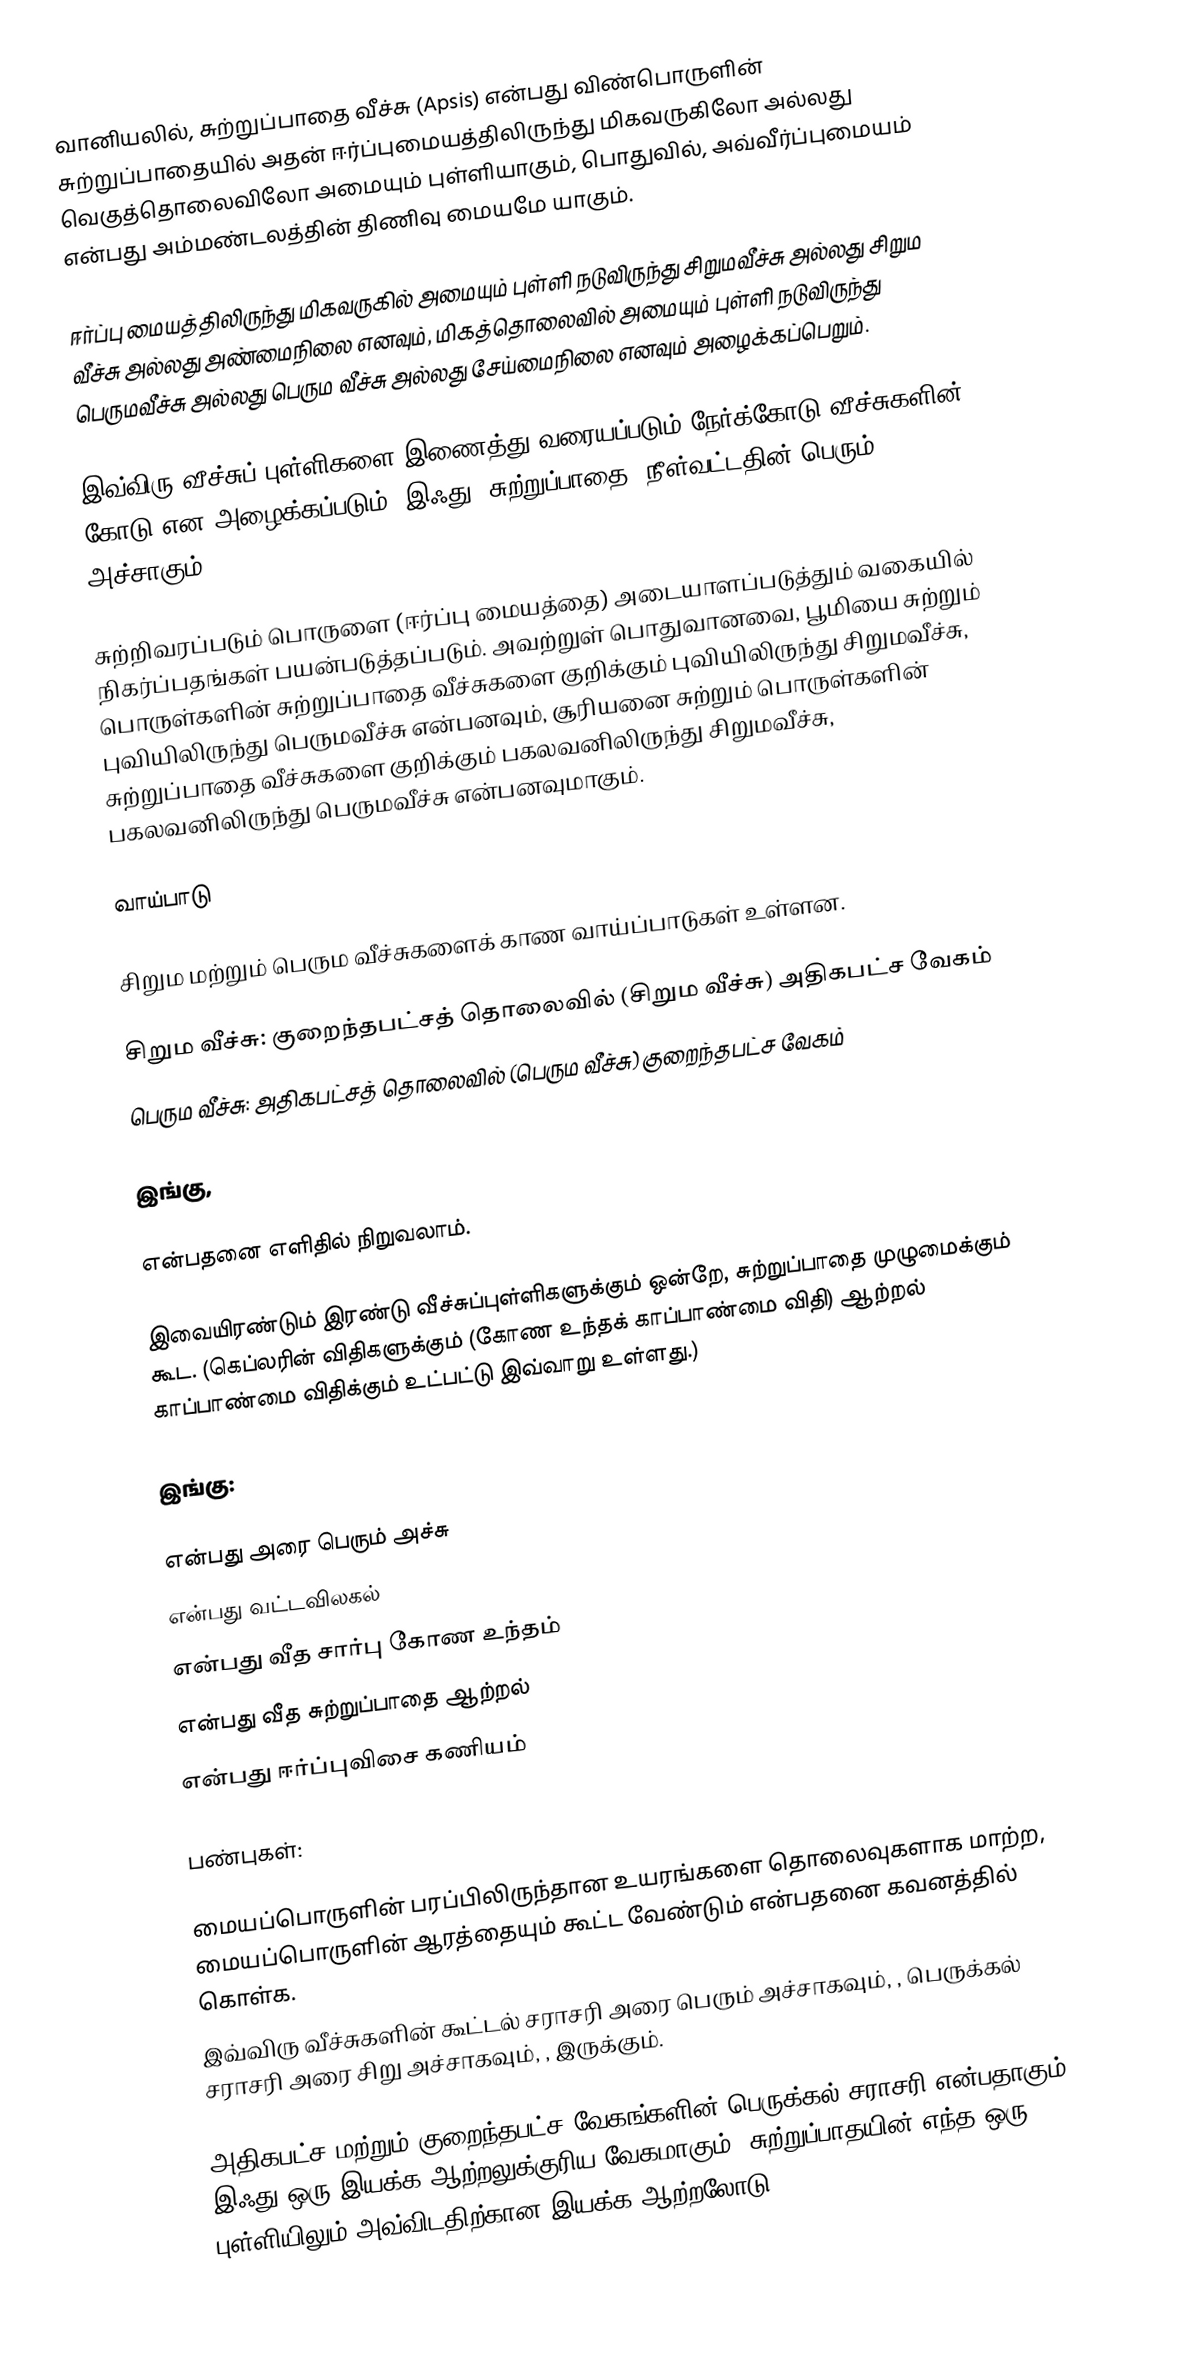
வானியலில், சுற்றுப்பாதை வீச்சு (Apsis) என்பது விண்பொருளின் சுற்றுப்பாதையில் அதன் ஈர்ப்புமையத்திலிருந்து மிகவருகிலோ அல்லது வெகுத்தொலைவிலோ அமையும் புள்ளியாகும், பொதுவில், அவ்வீர்ப்புமையம் என்பது அம்மண்டலத்தின் திணிவு மையமே யாகும்.

ஈர்ப்பு மையத்திலிருந்து மிகவருகில் அமையும் புள்ளி நடுவிருந்து சிறுமவீச்சு அல்லது சிறும வீச்சு அல்லது அண்மைநிலை எனவும், மிகத்தொலைவில் அமையும் புள்ளி நடுவிருந்து பெருமவீச்சு அல்லது பெரும வீச்சு அல்லது சேய்மைநிலை எனவும் அழைக்கப்பெறும்.

இவ்விரு வீச்சுப் புள்ளிகளை இணைத்து வரையப்படும் நேர்க்கோடு வீச்சுகளின் கோடு என அழைக்கப்படும். இஃது (சுற்றுப்பாதை) நீள்வட்டதின் பெரும் அச்சாகும்.

சுற்றிவரப்படும் பொருளை (ஈர்ப்பு மையத்தை) அடையாளப்படுத்தும் வகையில் நிகர்ப்பதங்கள் பயன்படுத்தப்படும். அவற்றுள் பொதுவானவை, பூமியை சுற்றும் பொருள்களின் சுற்றுப்பாதை வீச்சுகளை குறிக்கும் புவியிலிருந்து சிறுமவீச்சு, புவியிலிருந்து பெருமவீச்சு என்பனவும், சூரியனை சுற்றும் பொருள்களின் சுற்றுப்பாதை வீச்சுகளை குறிக்கும் பகலவனிலிருந்து சிறுமவீச்சு, பகலவனிலிருந்து பெருமவீச்சு என்பனவுமாகும்.

வாய்பாடு

சிறும மற்றும் பெரும வீச்சுகளைக் காண வாய்ப்பாடுகள் உள்ளன.

 சிறும வீச்சு: குறைந்தபட்சத் தொலைவில்  (சிறும வீச்சு) அதிகபட்ச வேகம்
 பெரும வீச்சு: அதிகபட்சத் தொலைவில்  (பெரும வீச்சு) குறைந்தபட்ச வேகம்

இங்கு,

என்பதனை எளிதில் நிறுவலாம்.

இவையிரண்டும் இரண்டு வீச்சுப்புள்ளிகளுக்கும் ஒன்றே, சுற்றுப்பாதை முழுமைக்கும் கூட. (கெப்லரின் விதிகளுக்கும் (கோண உந்தக் காப்பாண்மை விதி) ஆற்றல் காப்பாண்மை விதிக்கும் உட்பட்டு இவ்வாறு உள்ளது.)

இங்கு:

  என்பது அரை பெரும் அச்சு
  என்பது வட்டவிலகல்
  என்பது வீத சார்பு கோண உந்தம்
  என்பது வீத சுற்றுப்பாதை ஆற்றல்
  என்பது ஈர்ப்புவிசை கணியம்

பண்புகள்:

மையப்பொருளின் பரப்பிலிருந்தான உயரங்களை தொலைவுகளாக மாற்ற, மையப்பொருளின் ஆரத்தையும் கூட்ட வேண்டும் என்பதனை கவனத்தில் கொள்க.
இவ்விரு வீச்சுகளின் கூட்டல் சராசரி அரை பெரும் அச்சாகவும், , பெருக்கல் சராசரி அரை சிறு அச்சாகவும், , இருக்கும்.

அதிகபட்ச மற்றும் குறைந்தபட்ச வேகங்களின் பெருக்கல் சராசரி  என்பதாகும், இஃது ஒரு இயக்க ஆற்றலுக்குரிய வேகமாகும், சுற்றுப்பாதயின் எந்த ஒரு புள்ளியிலும் அவ்விடதிற்கான இயக்க ஆற்றலோடு